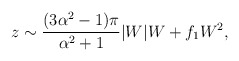
\begin{align*}z\sim\frac{(3\alpha^{2}-1)\pi}{\alpha^{2}+1}|W|W +f_{1}W^{2},\end{align*}